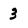
Character: 3